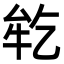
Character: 𬼪